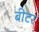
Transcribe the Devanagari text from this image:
बीटर